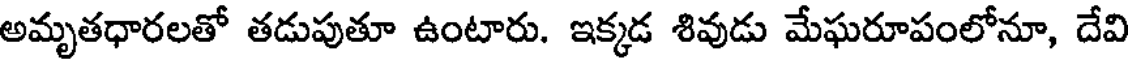
అమృతధారలతో తడుపుతూ ఉంటారు. ఇక్కడ శివుడు మేఘరూపంలోనూ, దేవి